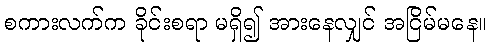
စကားလက်က ခိုင်းစရာ မရှိ၍ အားနေလျှင် အငြိမ်မနေ။